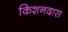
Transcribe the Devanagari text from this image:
किशनदास